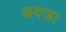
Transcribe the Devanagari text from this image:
अदजा